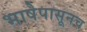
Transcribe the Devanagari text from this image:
भाषेपासूनच